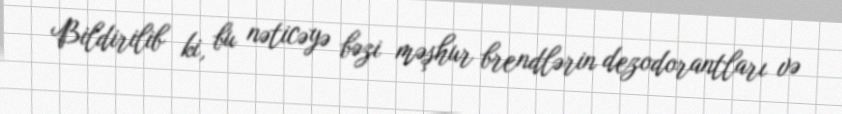
Bildirilib ki, bu nəticəyə bəzi məşhur brendlərin dezodorantları və